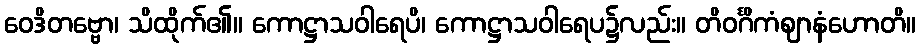
ဝေဒိတဗ္ဗော၊ သိထိုက်၏။ ကောဋ္ဌာသဝါရေပိ၊ ကောဋ္ဌာသဝါရေပ၌လည်း။ တိဝင်္ဂိကံဈာနံဟောတိ။